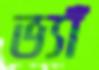
ভ্যাঁ